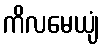
ကိလမေယျံ